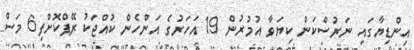
އިންޑިޔާގައި ނަރުސްކަން ކިޔަވާ އުމުރުން 19 އަހަރުގެ އަންހެން ކުއްޖަކު ރޭޕްކޮށްފި6 މަސް